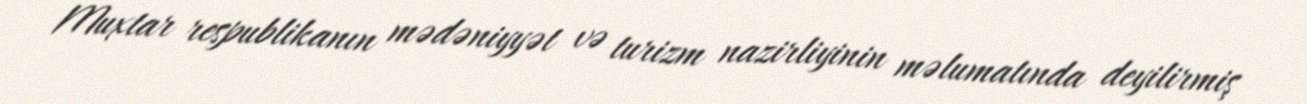
Muxtar respublikanın mədəniyyət və turizm nazirliyinin məlumatında deyilirmiş